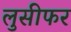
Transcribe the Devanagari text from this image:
लुसीफर